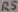
Text: R5